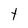
Character: t